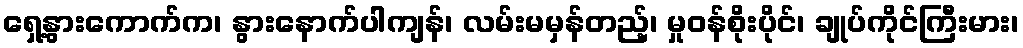
ရှေ့နွားကောက်က၊ နွားနောက်ပါကျန်၊ လမ်းမမှန်တည့်၊ မှုဝန်စိုးပိုင်၊ ချုပ်ကိုင်ကြီးမား၊